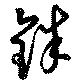
銖